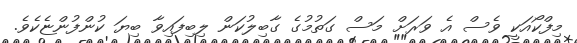
މިފްކޯއަކީ ވެސް އެ ވަރަށް މަސް ގަތުމުގެ ގާބިލުކަން ލިބިފައިވާ ބިޔަ ކުންފުންޏެކެވެ.